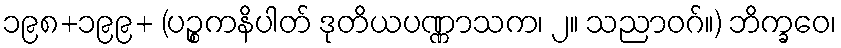
၁၉၈+၁၉၉+ (ပဉ္စကနိပါတ် ဒုတိယပဏ္ဏာသက၊ ၂။ သညာဝဂ်။) ဘိက္ခဝေ၊